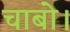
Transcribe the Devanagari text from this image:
चाबो।